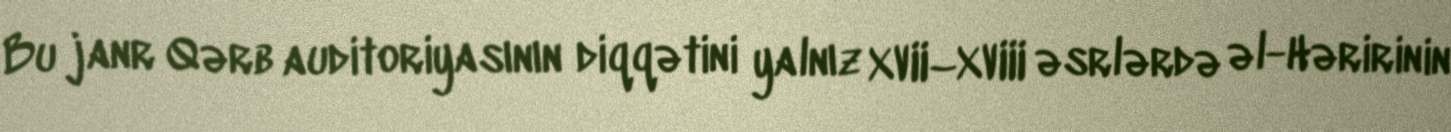
Bu janr Qərb auditoriyasının diqqətini yalnız XVII–XVIII əsrlərdə əl-Həririnin